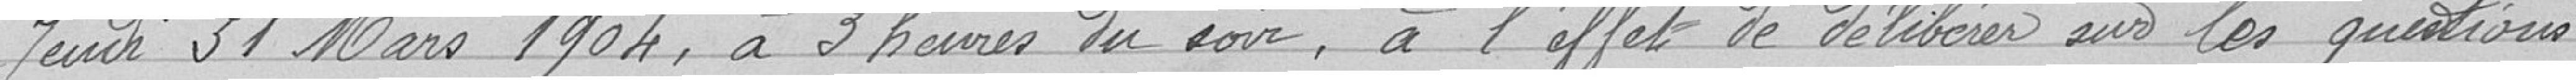
Jeudi 31 Mars 1904, à 3 heurs du soir, à l'effet de délibérer sur les questions